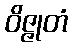
ဝိဇ္ဇုတံ